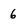
Character: 6